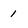
Character: 1